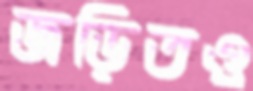
জড়িতও